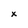
Character: x